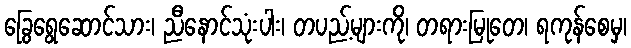
ခြွေရွေဆောင်သား၊ ညီနောင်သုံးပါး၊ တပည့်များကို၊ တရားမြုတေ၊ ရကုန်စေမှ၊